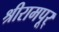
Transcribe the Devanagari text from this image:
श्रीरामपूर्